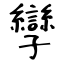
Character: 孿